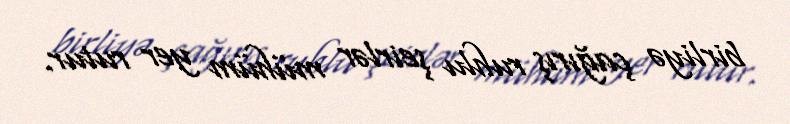
birliyə çağırış ruhlu şeirlər mühüm yer rutur.